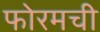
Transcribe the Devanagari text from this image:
फोरमची